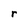
Character: r